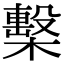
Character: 檕